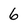
Character: 6